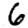
Digit: 6